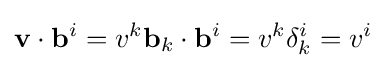
\mathbf {v} \cdot \mathbf {b} ^{i}=v^{k}\mathbf {b} _{k}\cdot \mathbf {b} ^{i}=v^{k}\delta _{k}^{i}=v^{i}